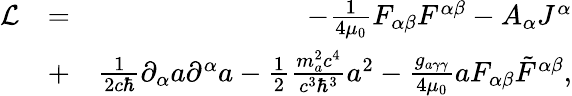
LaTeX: \begin{array}{rlr}{\mathcal L}&{=}&{-\frac{1}{4\mu_{0}}F_{\alpha\beta}F^{\alpha\beta}-A_{\alpha}J^{\alpha}}\\ &{+}&{\frac{1}{2c\hbar}\partial_{\alpha}a\partial^{\alpha}a-\frac{1}{2}\frac{m_{a}^{2}c^{4}}{c^{3}\hbar^{3}}a^{2}-\frac{g_{a\gamma\gamma}}{4\mu_{0}}aF_{\alpha\beta}\tilde{F}^{\alpha\beta},}\end{array}